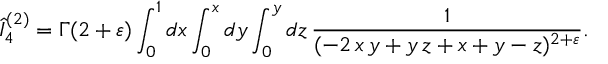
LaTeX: \hat { I } _ { 4 } ^ { ( 2 ) } = \Gamma ( 2 + \varepsilon ) \int _ { 0 } ^ { 1 } d x \int _ { 0 } ^ { x } d y \int _ { 0 } ^ { y } d z \, \frac { 1 } { ( - 2 \, x \, y + y \, z + x + y - z ) ^ { 2 + \varepsilon } } .